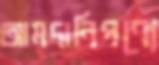
আমদানিপণ্যে